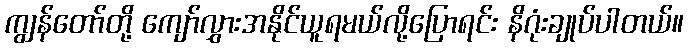
ကျွန်တော်တို့ ကျော်လွှားအနိုင်ယူရမယ်လို့ပြောရင်း နိဂုံးချုပ်ပါတယ်။